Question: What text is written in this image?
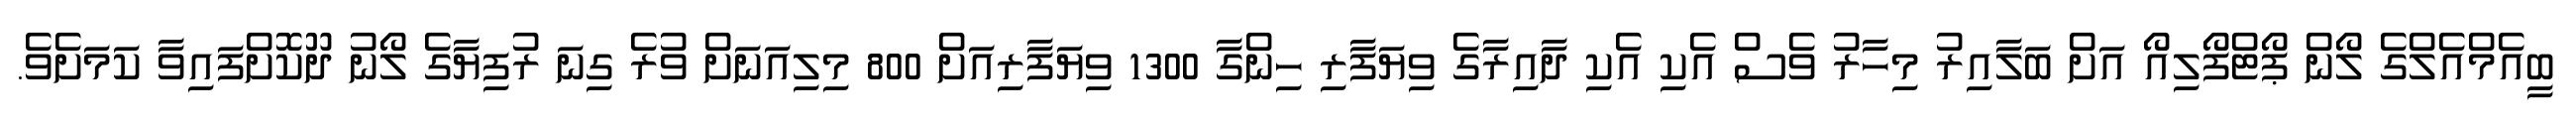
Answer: ބީއެމްއެލްގެ ލޯން ޕޯޓްފޯލިއޯ އަށް ބަލާއިރު މިހާރު ވެސް އެކި އެކި ދާއިރާގެ ވިޔަފާރި ހިންގާ 1300 ވިޔަފާރިއަށް 800 މިލިއަނަށް ވުރެ ގިނަ ރުފިޔާގެ ލޯނު ދޫކޮށްފައިވާ ކަމަށެވެ.